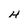
Character: H